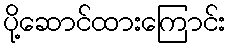
ပို့ဆောင်ထားကြောင်း